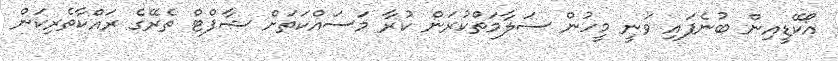
އޯކޭޑީއިން ބުނެފައި ވަނީ މީހުން ސަލާމަތްކުރަން ކުރާ މަސައްކަތަށް ޝާފްޓް ތެރޭގެ ރައްކާތެރިކަން